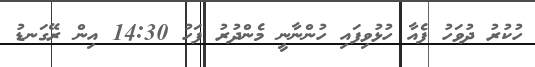
ހުކުރު ދުވަހު ފެއާ ހުޅުވިފައި ހުންނާނީ މެންދުރު ފަހު 14:30 އިން ރޭގަނޑު